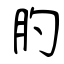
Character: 肑